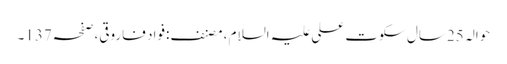
حوالہ 25سال سکوتِ علی علیہ السلام، مصنف:فواد فاروقی،صفحہ137۔